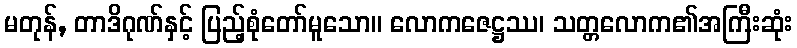
မတုန်, တာဒိဂုဏ်နှင့် ပြည့်စုံတော်မူသော။ လောကဇေဋ္ဌဿ၊ သတ္တလောက၏အကြီးဆုံး